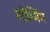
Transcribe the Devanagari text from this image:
स्तेम्मिंग